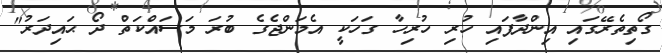
ގޯތިތެރޭގައި އިންދާފައި ހުރި ހުރިހާ ގަހަކީ އެމަންޖެގެ ބުރަ މަސައްކަތް ދޯ ޙައިދަރު"